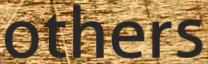
others